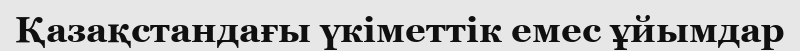
Қазақстандағы үкіметтік емес ұйымдар